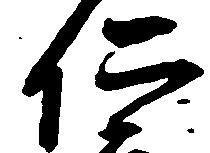
仁